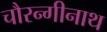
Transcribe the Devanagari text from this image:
चौरन्गीनाथ